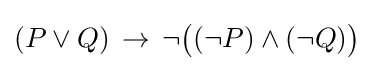
(P\lor Q)\,\to \,\neg {\big (}(\neg P)\land (\neg Q){\big )}